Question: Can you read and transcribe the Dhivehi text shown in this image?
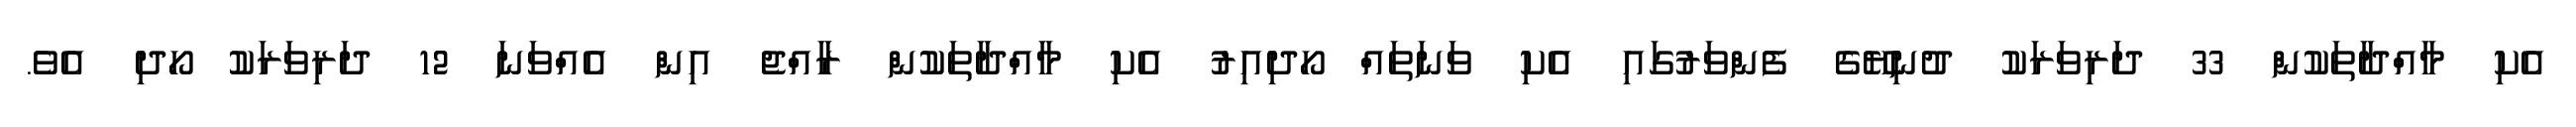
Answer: އެކި މާއްދާތަކުން 33 ދަރިވަރަކު ދުނިޔޭގެ ފެންވަރުގައި އެކި ވަނަތައް ހޯދިއިރު އެކި މާއްދާތަކުން ރާއްޖެ އިން އެއްވަނަ 12 ދަރިވަރަކު ހޯދި އެވެ.